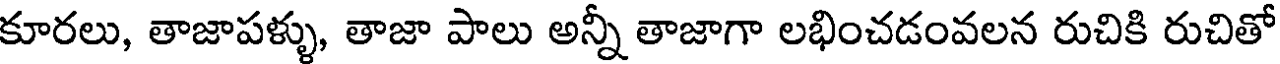
కూరలు, తాజాపళ్ళు, తాజా పాలు అన్నీ తాజాగా లభించడంవలన రుచికి రుచితో